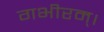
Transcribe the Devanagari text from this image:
गभीरम्।